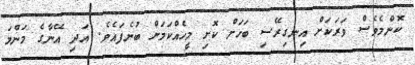
ކޮންމެވެސް ވަރަކަށް އިނގިރޭސި ބަހަށް ކޮށި މީހެއްކަމަށް ބުނެފައެވެ. އަދި އޭނާގެ މަންމަ